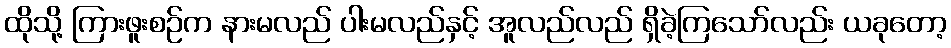
ထိုသို့ ကြားဖူးစဉ်က နားမလည် ပါးမလည်နှင့် အူလည်လည် ရှိခဲ့ကြသော်လည်း ယခုတော့